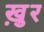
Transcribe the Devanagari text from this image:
ख़ुर